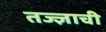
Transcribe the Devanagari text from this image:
तज्ज्ञाची